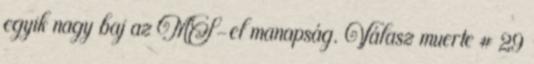
egyik nagy baj az MS-el manapság. Válasz muerte #29